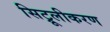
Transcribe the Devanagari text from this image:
सिट्रूलीकरण